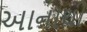
અાનાથી